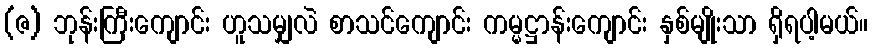
(ဇ) ဘုန်းကြီးကျောင်း ဟူသမျှလဲ စာသင်ကျောင်း ကမ္မဋ္ဌာန်းကျောင်း နှစ်မျိုးသာ ရှိရပါ့မယ်။